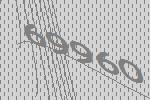
69960